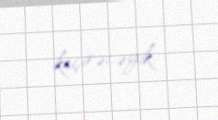
keçirəcəyik.